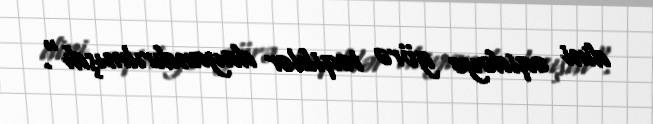
dini əqidəyə görə təqiblər dayandırılmışdı".